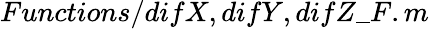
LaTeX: Functions/{difX,difY,difZ}\_ F.m